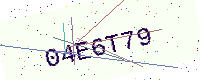
Text: 04E6T79